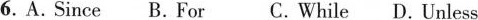
6. A. since B.for C. while D. unless